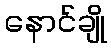
နောင်ချို